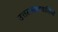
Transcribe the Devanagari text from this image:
उत्तराखण्डवासियों